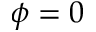
\phi = 0